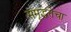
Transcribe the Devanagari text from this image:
समृद्धतेचा